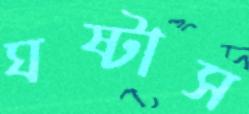
ঘষ্‌টাস